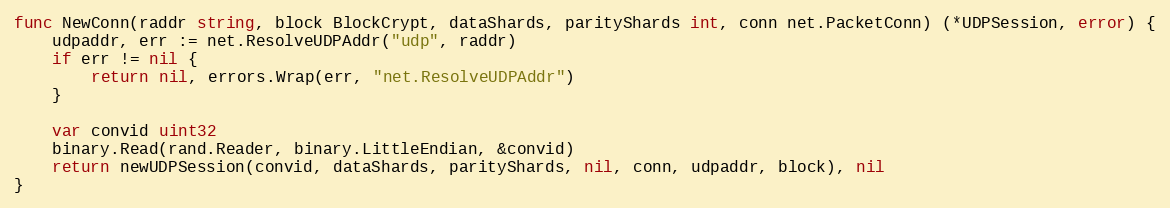
Language: Go
func NewConn(raddr string, block BlockCrypt, dataShards, parityShards int, conn net.PacketConn) (*UDPSession, error) {
	udpaddr, err := net.ResolveUDPAddr("udp", raddr)
	if err != nil {
		return nil, errors.Wrap(err, "net.ResolveUDPAddr")
	}

	var convid uint32
	binary.Read(rand.Reader, binary.LittleEndian, &convid)
	return newUDPSession(convid, dataShards, parityShards, nil, conn, udpaddr, block), nil
}